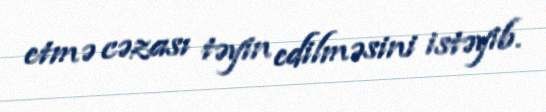
etmə cəzası təyin edilməsini istəyib.